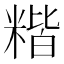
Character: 𥻄